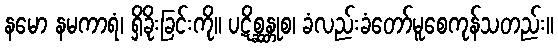
နမော နမကာရံ၊ ရှိခိုးခြင်းကို။ ပဋိစ္ဆန္တုစ၊ ခံလည်းခံတော်မူစေကုန်သတည်း။